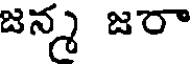
జన్న జరా